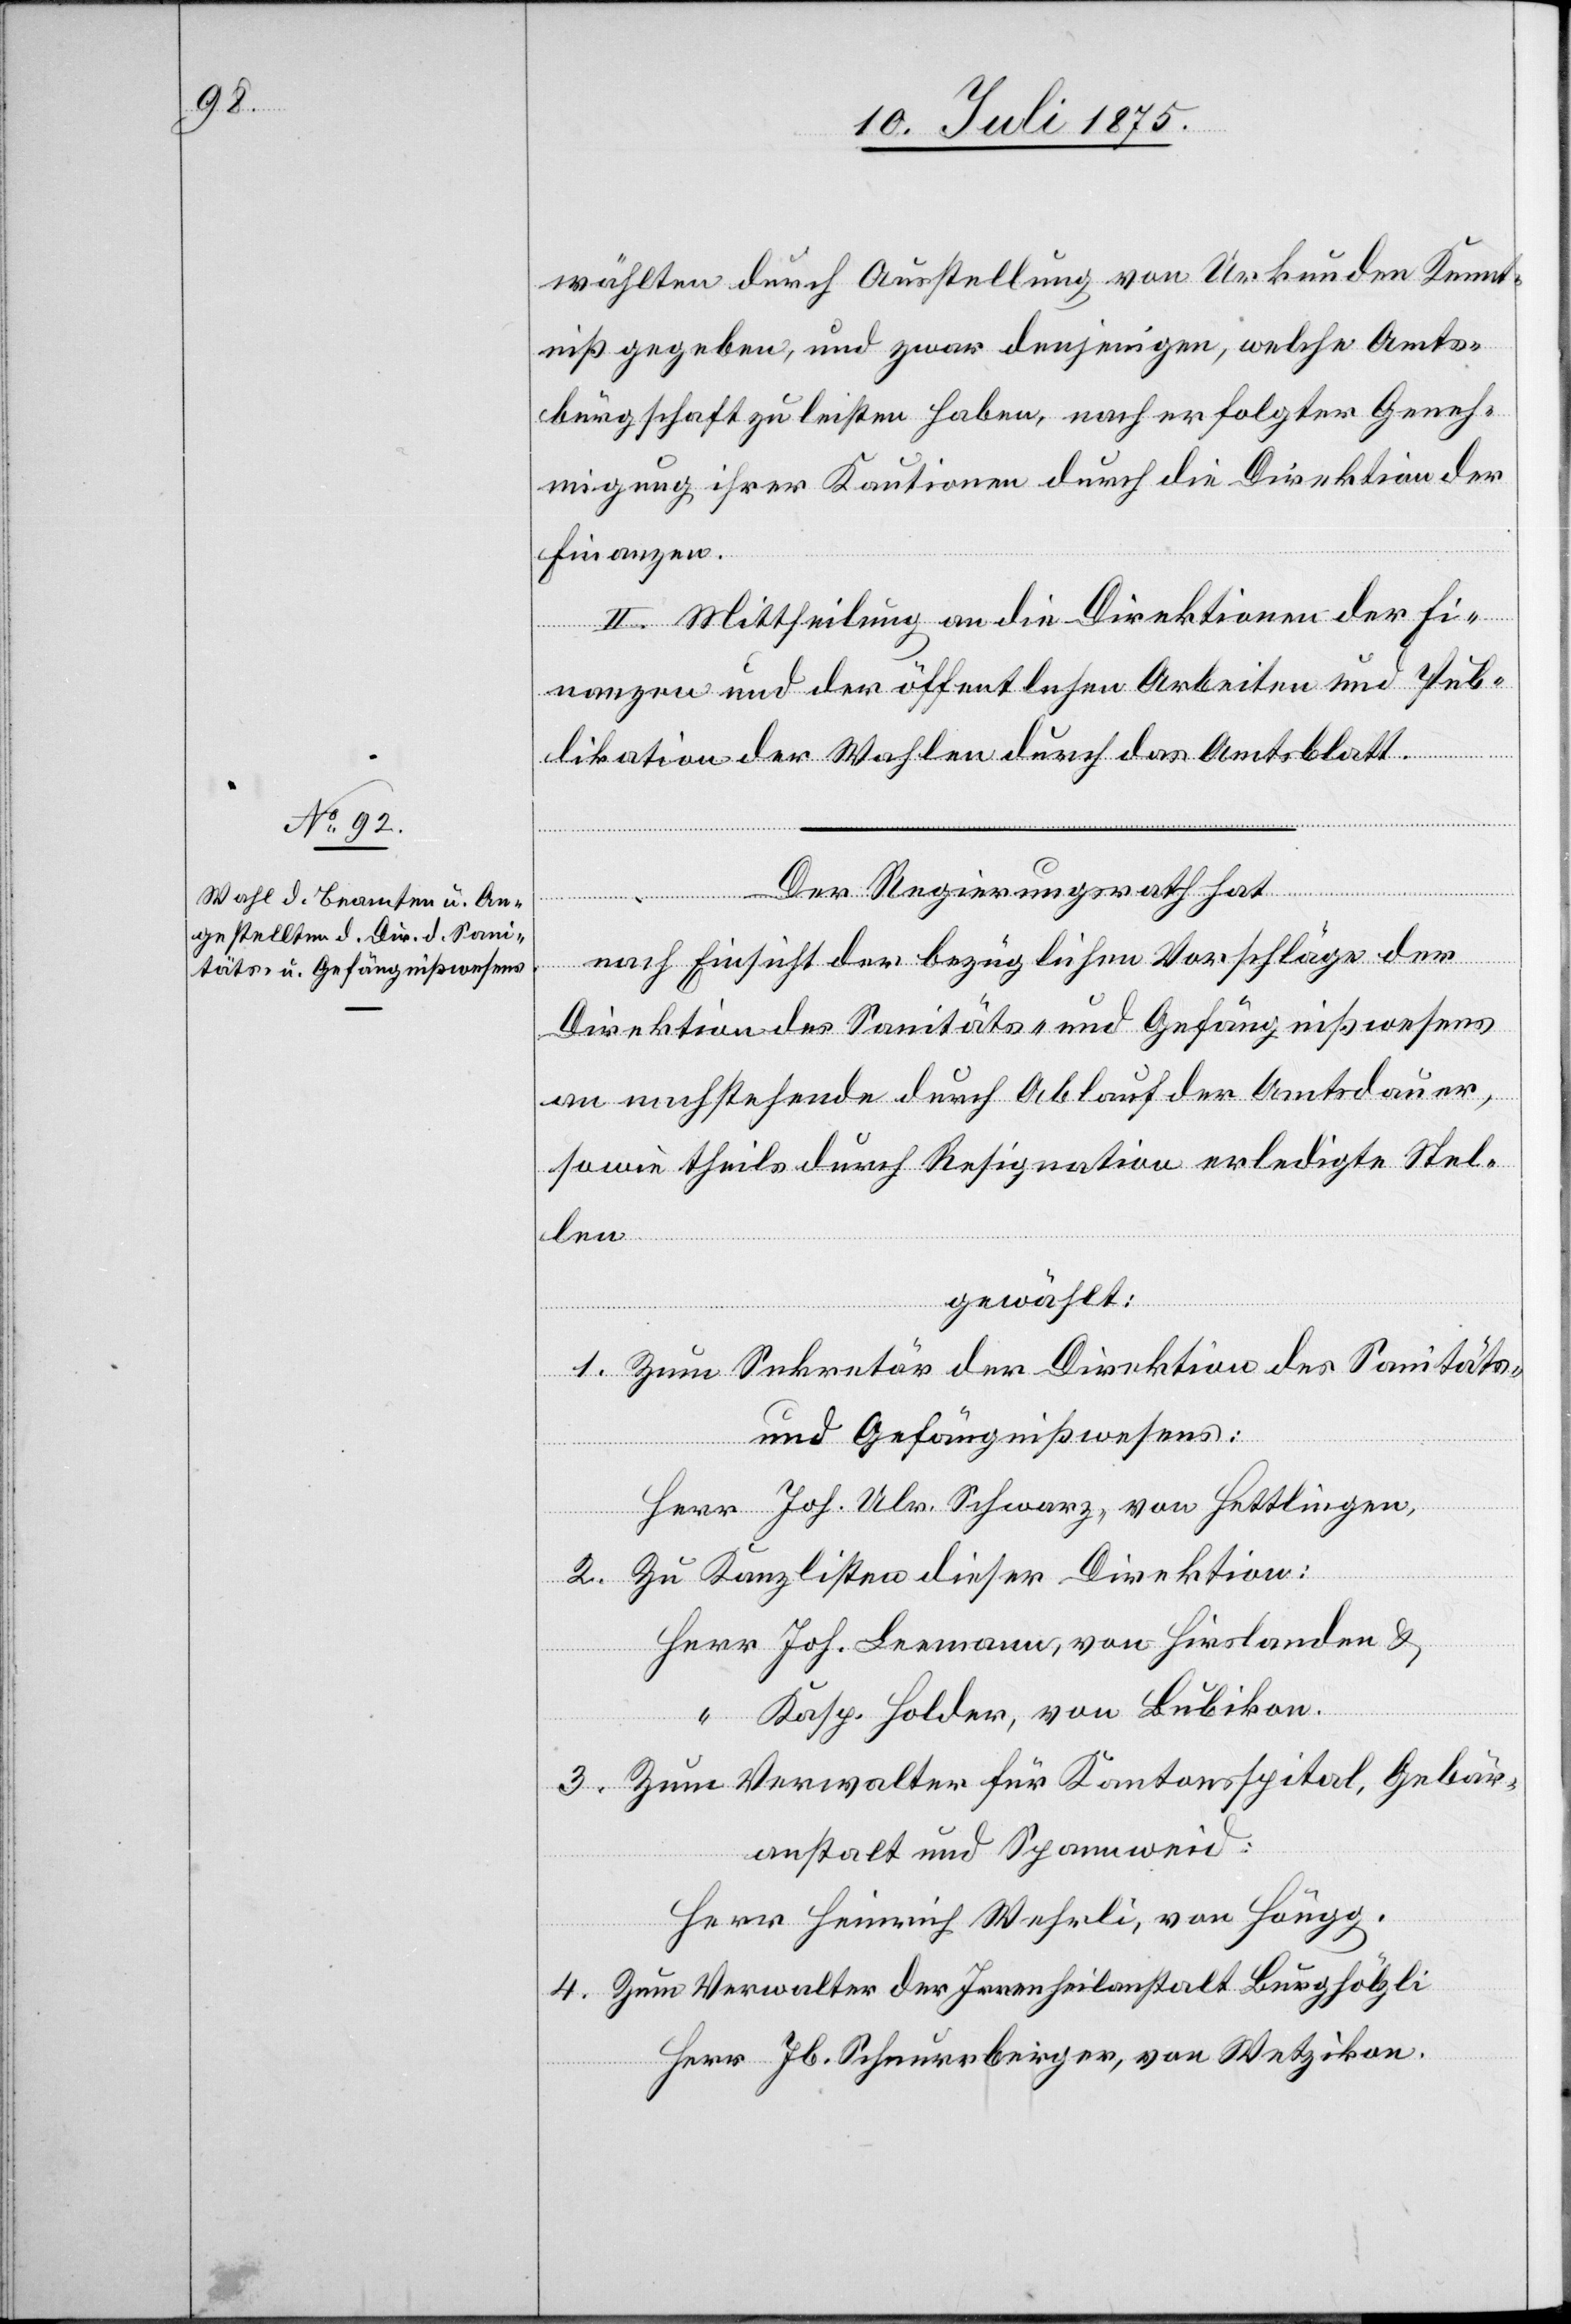
wählten durch Ausstellung von Urkunden Kennt¬
niß gegeben, und zwar denjenigen, welche Amts¬
bürgschaft zu leisten haben, nach erfolgter Geneh¬
migung ihrer Kautionen durch die Direktion der
Finanzen.
II. Mittheilung an die Direktionen der Fi¬
nanzen und der öffentlichen Arbeiten und Pub¬
likation der Wahlen durch das Amtsblatt.
Der Regierungsrath hat,
nach Einsicht der bezüglichen Vorschläge der
Direktion des Sanitäts- und Gefängnißwesens
an nachstehende durch Ablauf der Amtsdauer,
sowie theils durch Resignation erledigte Stel¬
len
gewählt:
1. Zum Sekretär der Direktion des Sanitäts-
und Gefängnißwesens:
Herr Jos. Ulr. Schwarz, von Hettlingen,
2. Zu Kanzlisten dieser Direktion:
Herr Joh. Leemann, von Hirslanden &
Kasp. Holder, von Bubikon.
3. Zum Verwalter für Kantonsspital, Gebär¬
anstalt und Spannweid:
Herr Heinrich Wehrli, von Höngg.
4. Zum Verwalter der Irrenheilanstalt Burghölzli:
Herr Jb. Schnurrberger, von Wetzikon.